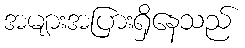
အများအပြားရှိနေသည်